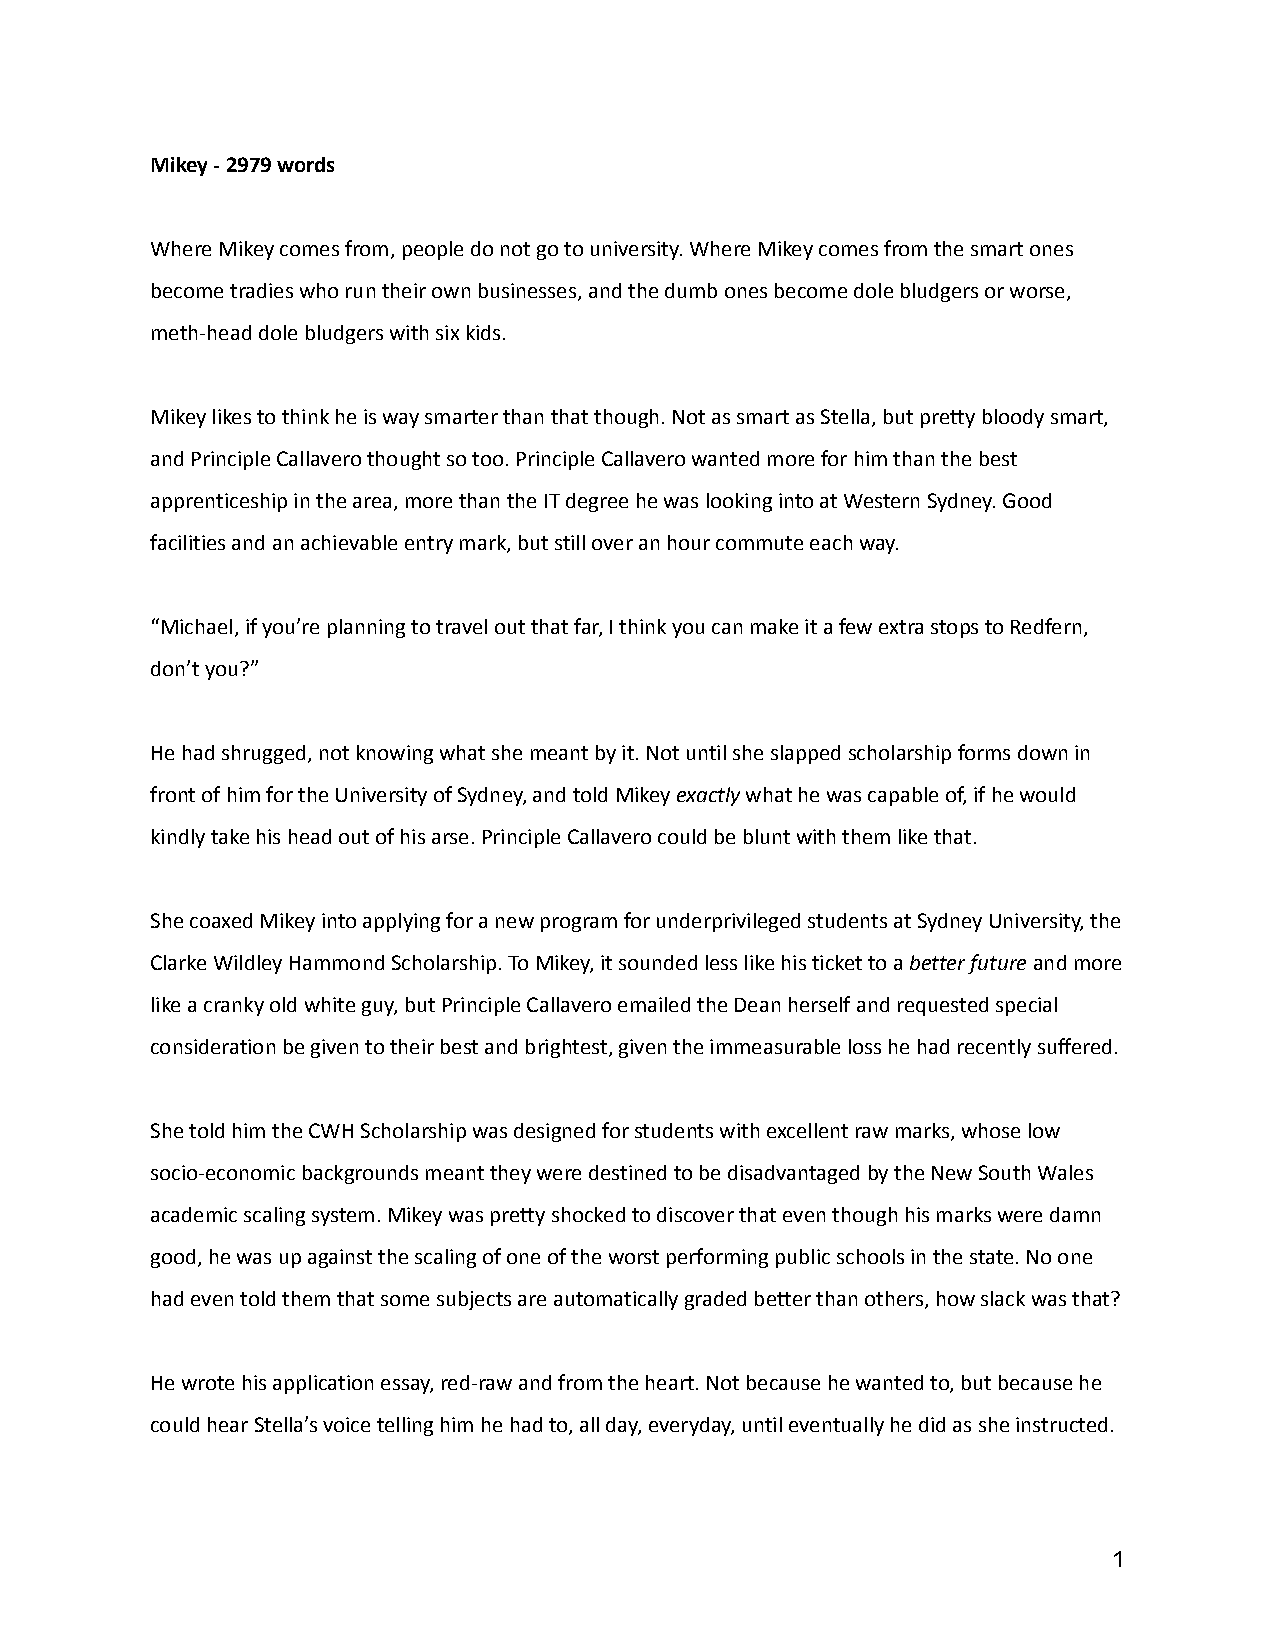
Mikey - 2979 words
 Where Mikey comes from, people do not go to university.Where Mikey comes from the smart ones
 become tradies who run their own businesses, and thedumb ones become dole bludgers or worse,
 meth-head dole bludgers with six kids.
 Mikey likes to think he is way smarter than that though.Not as smart as Stella, but pretty bloody smart,
 and Principle Callavero thought so too. PrincipleCallavero wanted more for him than the best
 apprenticeship in the area, more than the IT degreehe was looking into at Western Sydney. Good
 facilities and an achievable entry mark, but stillover an hour commute each way.
 “Michael, if you’re planning to travel out that far,I think you can make it a few extra stops to Redfern,
 don’t you?”
 He had shrugged, not knowing what she meant by it.Not until she slapped scholarship forms down in
 front of him for the University of Sydney, and toldMikeyexactlywhat he was capable of, if he would
 kindly take his head out of his arse. Principle Callaverocould be blunt with them like that.
 She coaxed Mikey into applying for a new program forunderprivileged students at Sydney University, the
 Clarke Wildley Hammond Scholarship. To Mikey, it soundedless like his ticket to abetter futureand more
 like a cranky old white guy, but Principle Callaveroemailed the Dean herself and requested special
 consideration be given to their best and brightest,given the immeasurable loss he had recently suffered.
 She told him the CWH Scholarship was designed forstudents with excellent raw marks, whose low
 socio-economic backgrounds meant they were destinedto be disadvantaged by the New South Wales
 academic scaling system. Mikey was pretty shockedto discover that even though his marks were damn
 good, he was up against the scaling of one of theworst performing public schools in the state. No one
 had even told them that some subjects are automaticallygraded better than others, how slack was that?
 He wrote his application essay, red-raw and from theheart. Not because he wanted to, but because he
 could hear Stella’s voice telling him he had to, allday, everyday, until eventually he did as she instructed.
 1